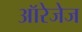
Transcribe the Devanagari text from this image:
ऑरेजेज